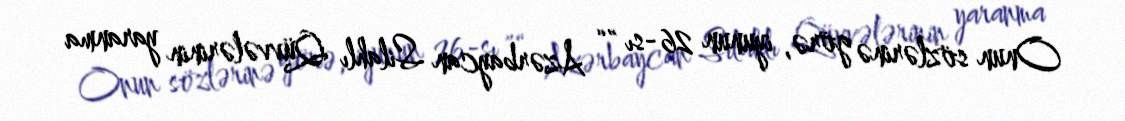
Onun sözlərinə görə, iyunun 26-sı ”“ Azərbaycan Silahlı Qüvvələrinin yaranma